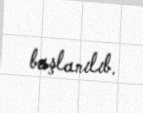
başlanılıb.